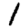
Digit: 1